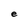
Character: e